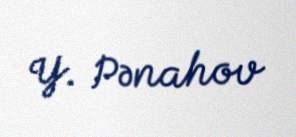
Y. Pənahov